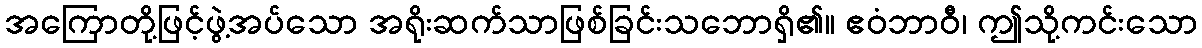
အကြောတို့ဖြင့်ဖွဲ့အပ်သော အရိုးဆက်သာဖြစ်ခြင်းသဘောရှိ၏။ ဧဝံဘာဝီ၊ ဤသို့ကင်းသော